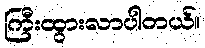
ကြီးထွားလာပါတယ်။